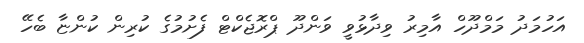
އަހުމަދު މަމްދޫހް އާމިރު ވިދާޅުވީ ވަންދޫ ޕްރޮޖެކްޓް ފެށުމުގެ ކުރިން ކުންޏާ ބެހޭ